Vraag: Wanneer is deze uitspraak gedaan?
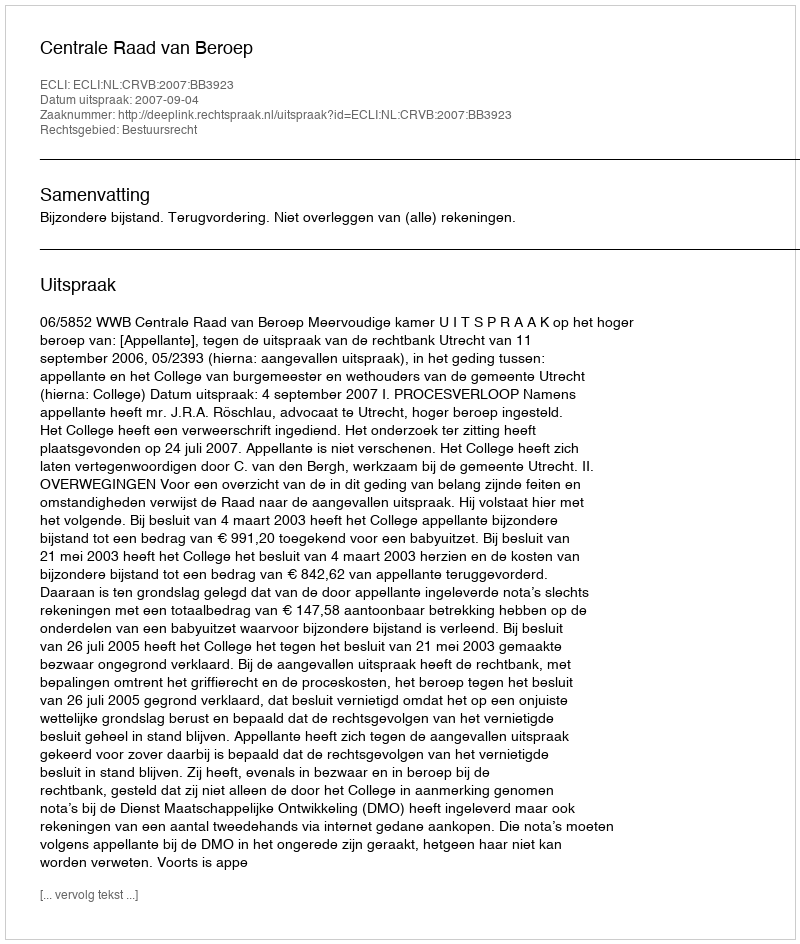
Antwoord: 2007-09-04